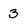
Character: 3